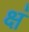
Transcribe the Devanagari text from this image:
क्षं